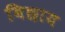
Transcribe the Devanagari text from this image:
बिछाय